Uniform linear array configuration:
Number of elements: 64
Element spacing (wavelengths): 0.5
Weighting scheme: cosine
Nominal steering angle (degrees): -45
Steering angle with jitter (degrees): -45.746
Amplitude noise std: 0.05
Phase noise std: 0.05

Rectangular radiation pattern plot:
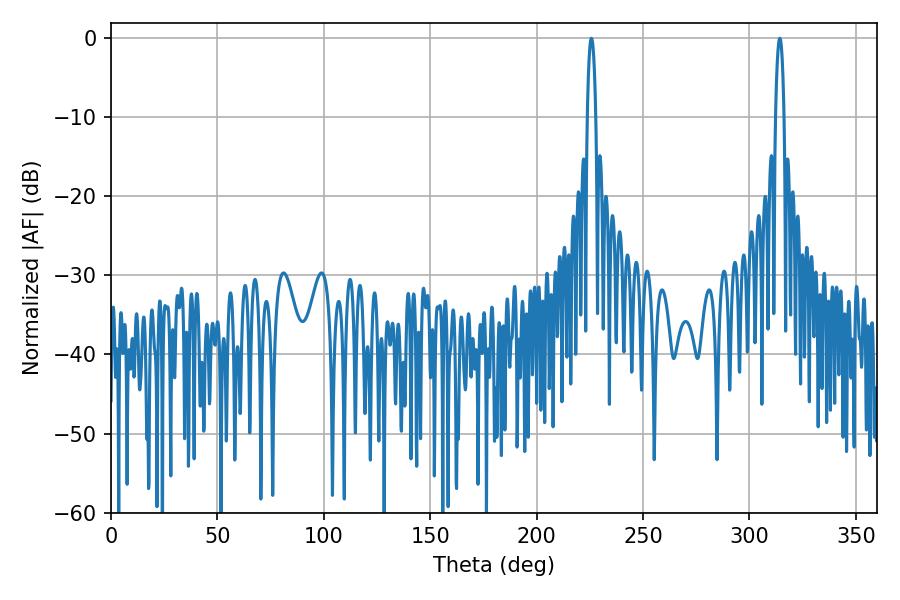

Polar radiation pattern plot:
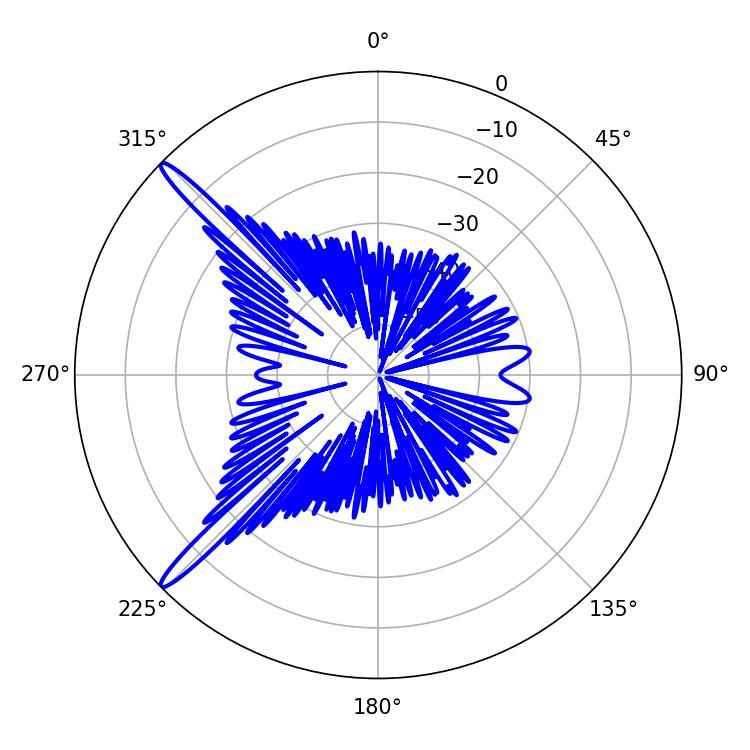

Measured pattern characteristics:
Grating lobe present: FALSE
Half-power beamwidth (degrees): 2.16
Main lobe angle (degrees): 314.28